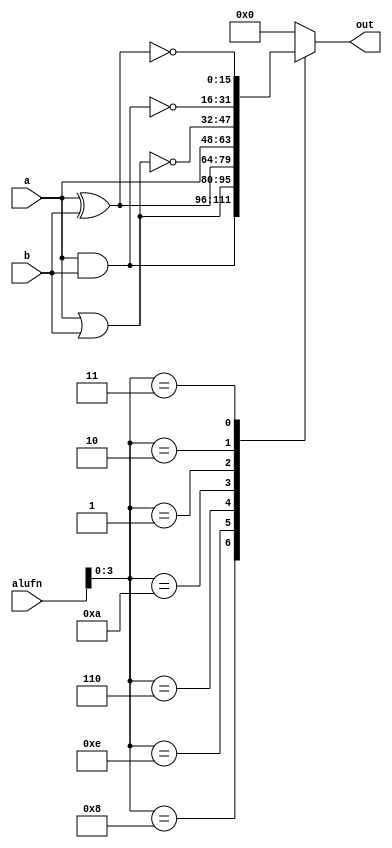
/*
   This file was generated automatically by Alchitry Labs version 1.1.5.
   Do not edit this file directly. Instead edit the original Lucid source.
   This is a temporary file and any changes made to it will be destroyed.
*/

module hex_boole_25 (
    input [5:0] alufn,
    input [15:0] a,
    input [15:0] b,
    output reg [15:0] out
  );
  
  
  
  always @* begin
    
    case (alufn[0+3-:4])
      4'h8: begin
        out = a & b;
      end
      4'he: begin
        out = a | b;
      end
      4'h6: begin
        out = a ^ b;
      end
      4'ha: begin
        out = a;
      end
      4'h1: begin
        out = ~(a | b);
      end
      4'h2: begin
        out = ~(a & b);
      end
      4'h3: begin
        out = ~(a ^ b);
      end
      default: begin
        out = 1'h0;
      end
    endcase
  end
endmodule